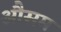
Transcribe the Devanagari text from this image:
औसम